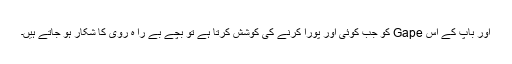
اور باپ کے اس Gape کو جب کوئی اور پورا کرنے کی کوشش کرتا ہے تو بچے بے را ہ روی کا شکار ہو جاتے ہیں۔